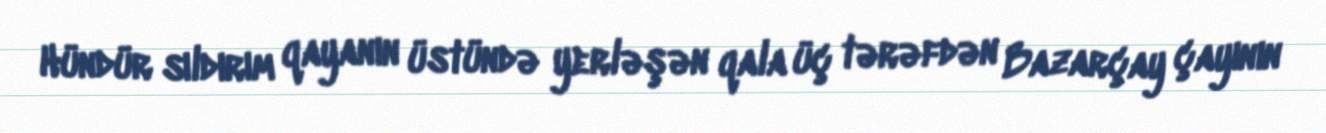
Hündür sıldırım qayanın üstündə yerləşən qala üç tərəfdən Bazarçay çayının